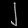
Digit: ၂